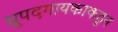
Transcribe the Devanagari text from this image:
ध्रुपदगायकाकडून